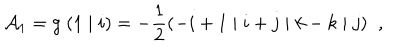
LaTeX: { \cal A } _ { 1 } = g \; ( 1 \; \vert \; i ) = - \frac { 1 } { 2 } ( - i + 1 \; \vert \; i + j \; \vert \; k - k \; \vert \; j ) \; \; ,